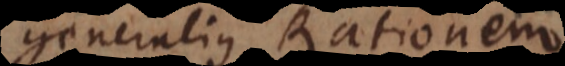
eralius Rationem